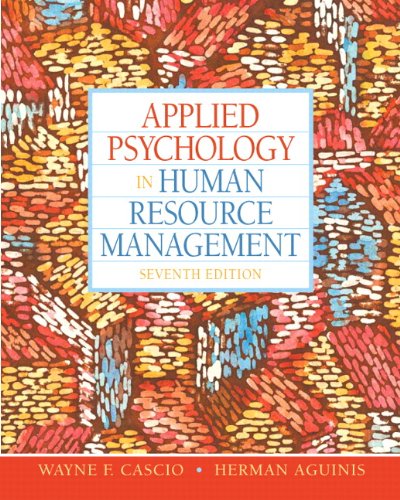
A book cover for Applied Psychology in Human Resource Management (7th Edition); Wayne F Cascio; Medical Books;